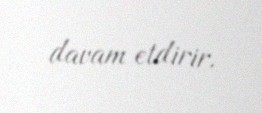
davam etdirir.